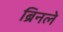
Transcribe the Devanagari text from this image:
ब्रिनले